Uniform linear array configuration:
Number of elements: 12
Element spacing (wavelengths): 0.25
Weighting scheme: hamming
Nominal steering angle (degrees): -30
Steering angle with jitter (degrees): -31.133
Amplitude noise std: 0.05
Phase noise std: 0.05

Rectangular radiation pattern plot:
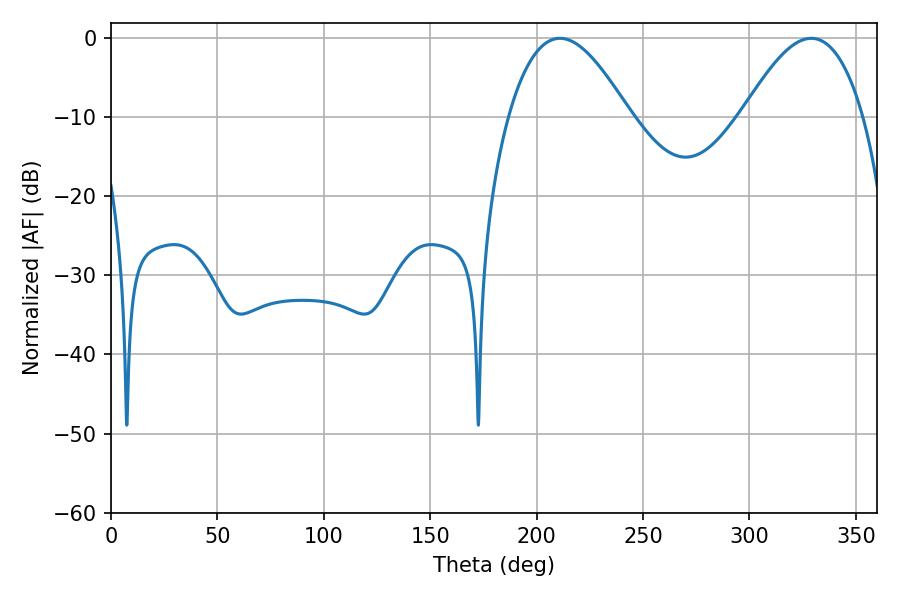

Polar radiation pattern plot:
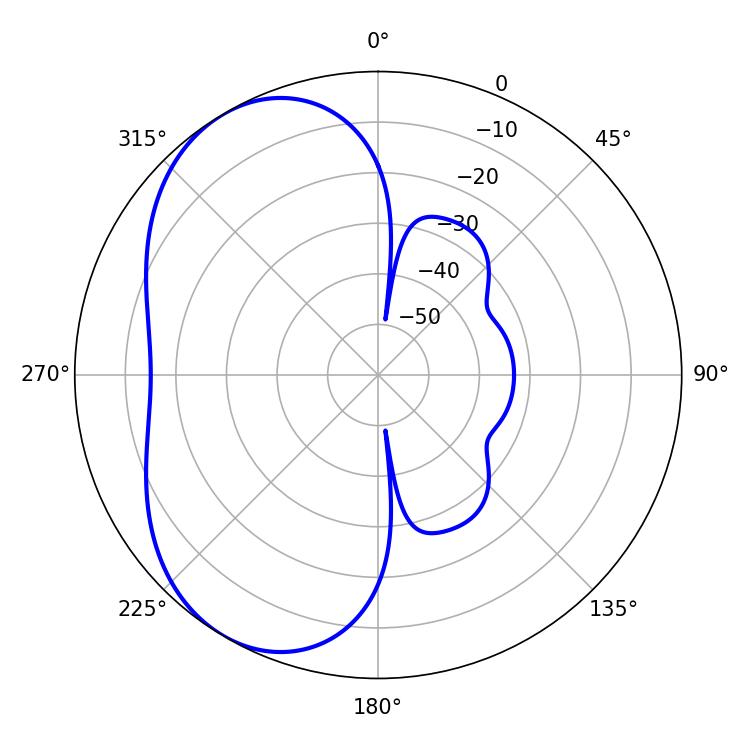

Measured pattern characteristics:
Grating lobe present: FALSE
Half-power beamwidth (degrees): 30.78
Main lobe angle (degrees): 210.96